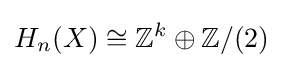
H_{n}(X)\cong \mathbb {Z} ^{k}\oplus \mathbb {Z} /(2)